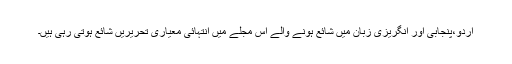
اردو،پنجابی اور انگریزی زبان میں شائع ہونے والے اس مجلے میں انتہائی معیاری تحریریں شائع ہوتی رہی ہیں۔